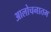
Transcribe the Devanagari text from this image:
आलोचनातम